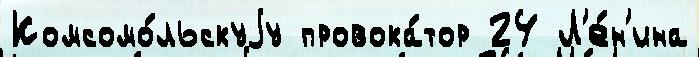
Комсомо́льскуjу провока́тор 24 Л'е́н'ина